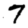
Digit: 7